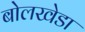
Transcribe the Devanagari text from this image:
बोलखेडा